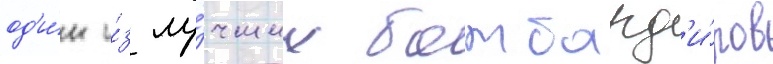
од'и́н и́з лу́чших бомбард'и́ров